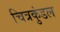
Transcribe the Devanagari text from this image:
चित्रकुंडल